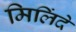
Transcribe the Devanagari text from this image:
मिलिंदे